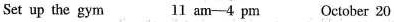
Set up the gym 11 am-4 pm October 20